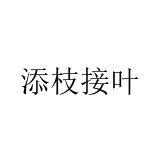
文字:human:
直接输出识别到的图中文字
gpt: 添枝接叶